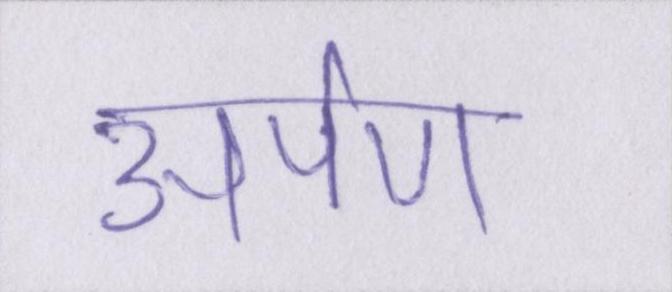
अर्पण